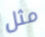
مثل